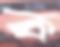
ক